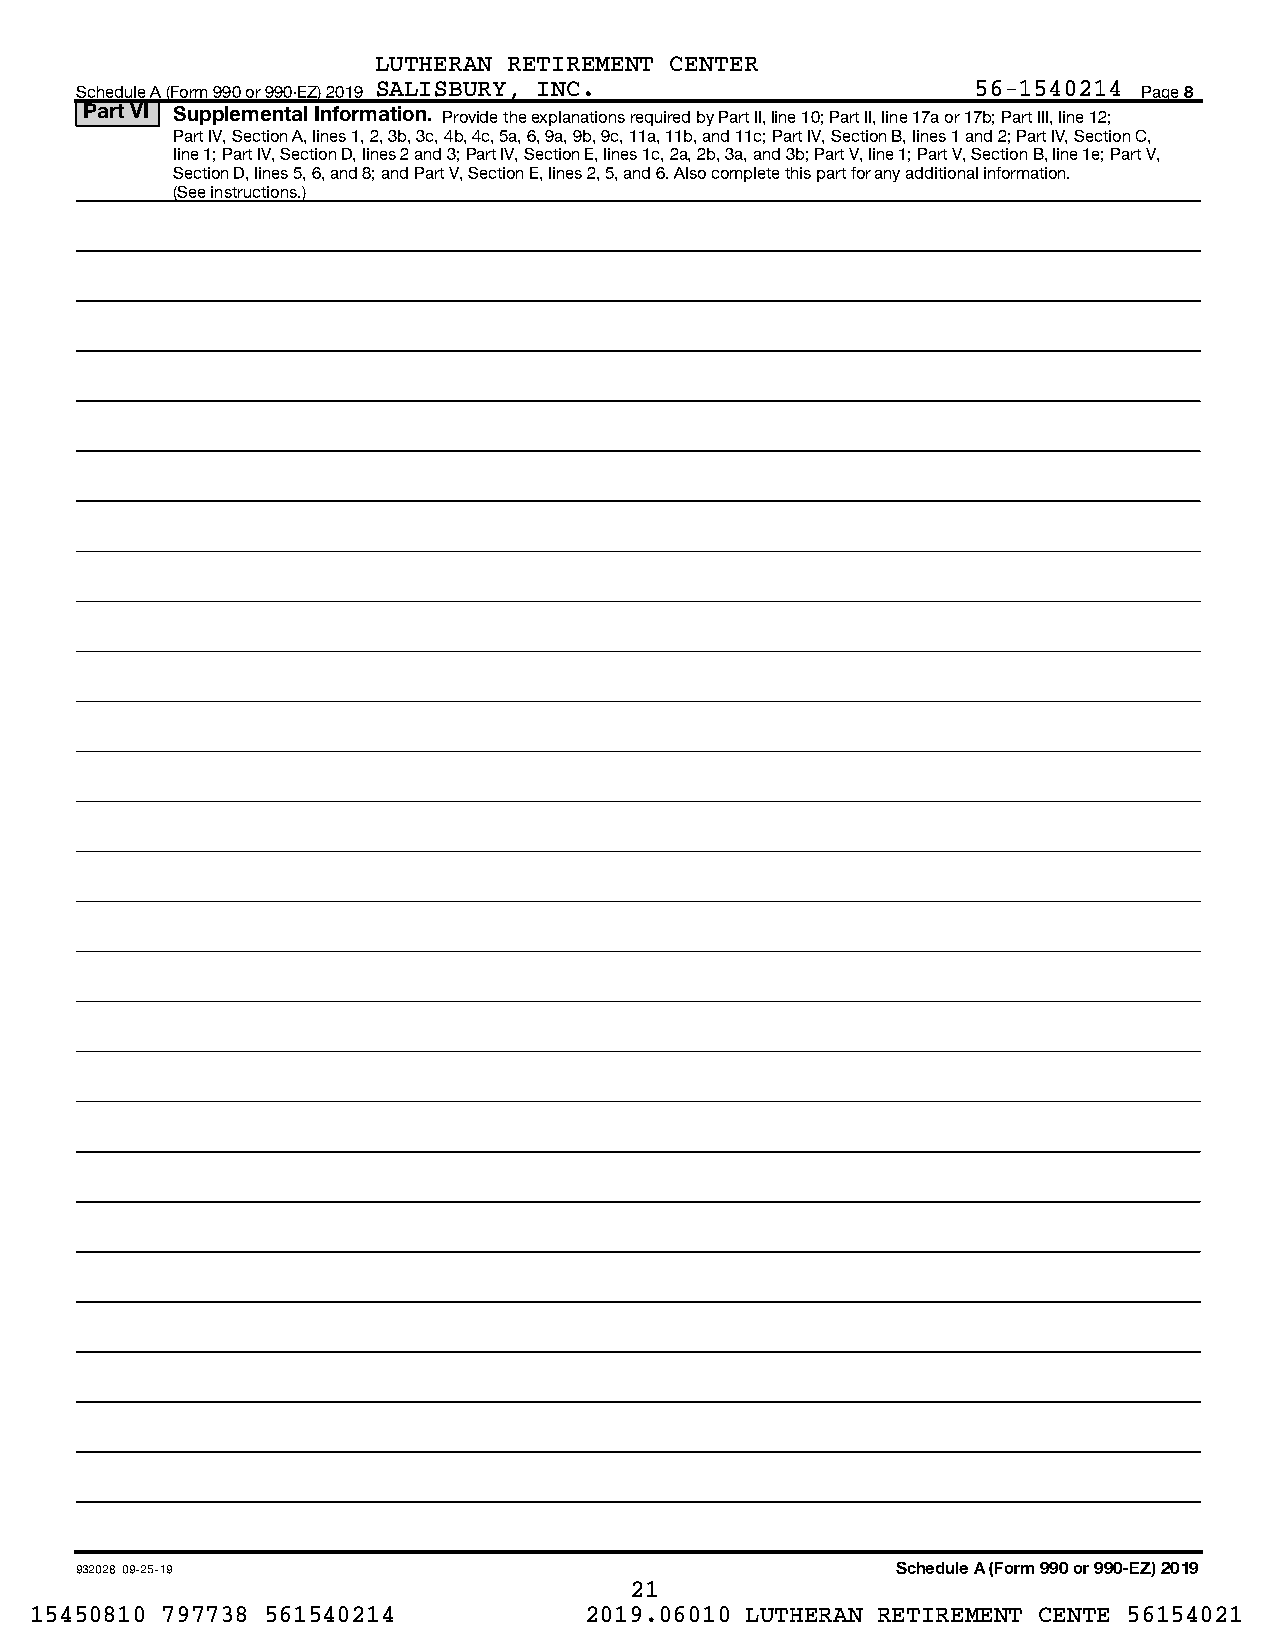
LUTHERAN RETIREMENT CENTER
 Schedule A (Form 990 or 990-EZ) 2019 SALISBURY, INC.        56-1540214 Page 8
 Part VI Supplemental Information. Provide the explanations required by Part II, line 10; Part II, line 17a or 17b; Part III, line 12;
 Part IV, Section A, lines 1, 2, 3b, 3c, 4b, 4c, 5a, 6, 9a, 9b, 9c, 11a, 11b, and 11c; Part IV, Section B, lines 1 and 2; Part IV, Section C,
 line 1; Part IV, Section D, lines 2 and 3; Part IV, Section E, lines 1c, 2a, 2b, 3a, and 3b; Part V, line 1; Part V, Section B, line 1e; Part V,
 Section D, lines 5, 6, and 8; and Part V, Section E, lines 2, 5, and 6. Also complete this part for any additional information.
 (See instructions.)
 932028 09-25-19                                       Schedule A (Form 990 or 990-EZ) 2019
 21
 15450810 797738 561540214            2019.06010 LUTHERAN RETIREMENT CENTE 56154021